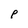
Character: P